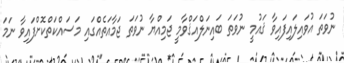
ނުވަތަ އުވައިލައިފައިވާ ޤައުމީ ނުވަތަ ބައިނަލްއަޤްވާމީ ޖަމިއްޔާ ނުވަތަ ޖަމާއަތެއްގައި މަސައްކަތްކޮށްފައިވާ ނަމަ